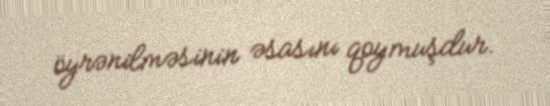
öyrənilməsinin əsasını qoymuşdur.